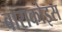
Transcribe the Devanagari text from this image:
बाराकोइस